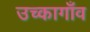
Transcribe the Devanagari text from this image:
उच्कागाँव